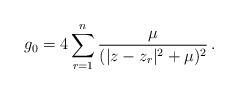
LaTeX: \begin{align*}g_0= 4\sum_{r=1}^n {\mu \over (|z-z_r|^2+\mu)^2} \, .\end{align*}